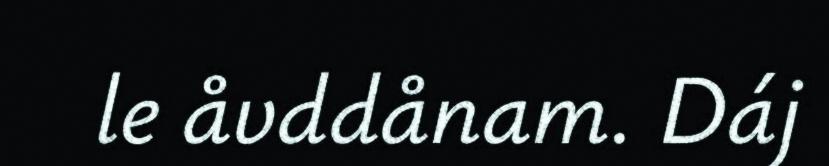
le åvddånam. Dáj